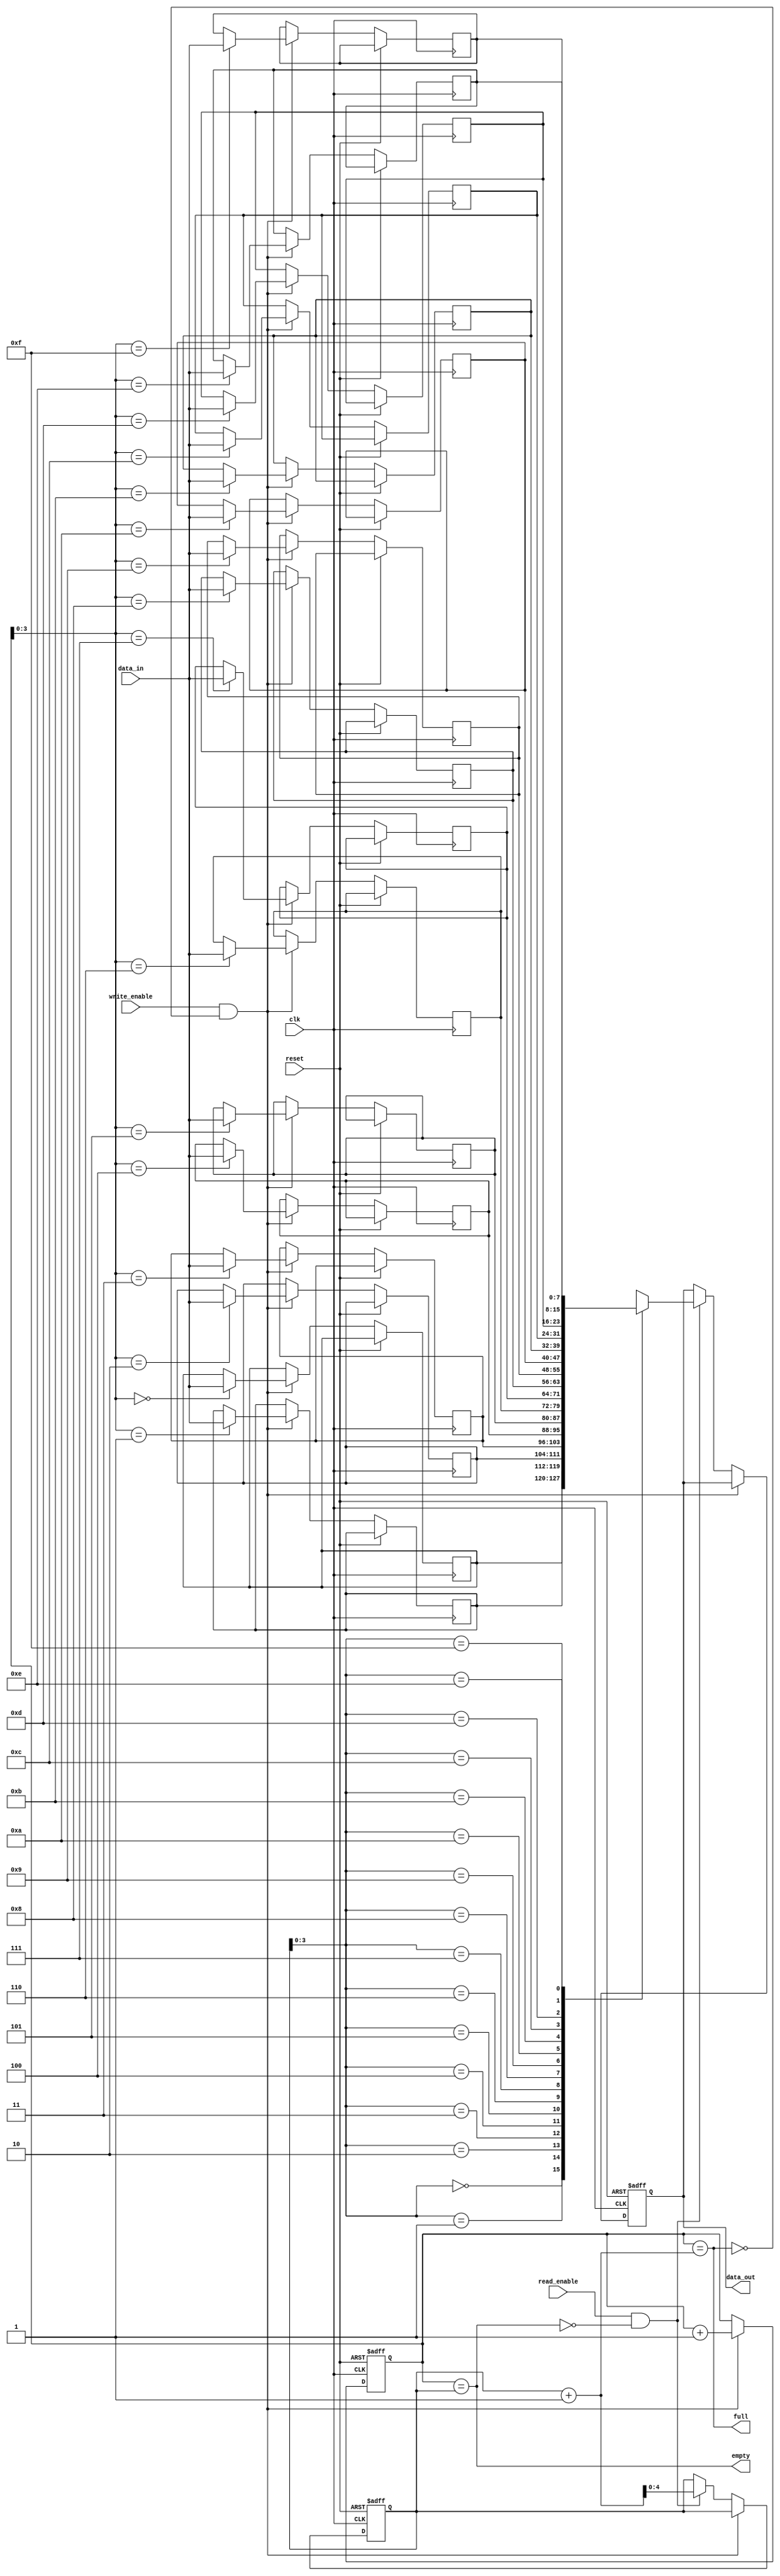
module dual_port_fifo (
    input wire clk,
    input wire reset,
    input wire write_enable,
    input wire read_enable,
    input wire [DATA_WIDTH-1:0] data_in,
    output reg [DATA_WIDTH-1:0] data_out,
    output wire full,
    output wire empty
);
parameter DEPTH = 16;
parameter DATA_WIDTH = 8;

reg [DATA_WIDTH-1:0] memory [0:DEPTH-1];
reg [4:0] write_address = 0;
reg [4:0] read_address = 0;
reg [4:0] write_pointer = 0;
reg [4:0] read_pointer = 0;

assign full = (write_pointer == read_pointer + 1);
assign empty = (write_pointer == read_pointer);

always @(posedge clk or posedge reset) begin
    if (reset) begin
        write_address <= 0;
        read_address <= 0;
        write_pointer <= 0;
        read_pointer <= 0;
        data_out <= 0;
    end else if (write_enable && !full) begin
        memory[write_pointer] <= data_in;
        write_pointer <= write_pointer + 1;
    end else if (read_enable && !empty) begin
        data_out <= memory[read_pointer];
        read_pointer <= read_pointer + 1;
    end
end

endmodule